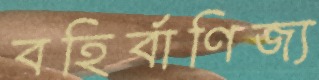
বহির্বাণিজ্য